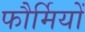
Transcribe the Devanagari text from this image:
फौर्मियों